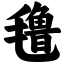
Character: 氇